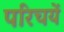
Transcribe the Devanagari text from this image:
परिचयें